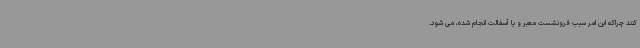
کنند چراکه این امر سبب فرونشست معبر و یا آسفالت انجام شده، می شود.